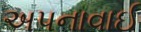
અપનાવાઈ